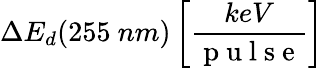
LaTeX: \Delta E_{d}(255~nm)\left[\frac{keV}{\mathrm{~p~u~l~s~e~}}\right]